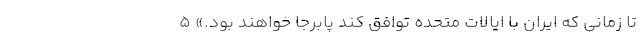
تا زمانی که ایران با ایالات متحده توافق کند پابرجا خواهند بود.» ۵